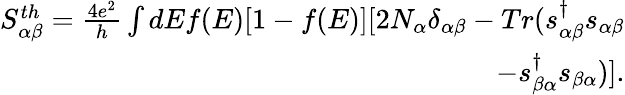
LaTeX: \begin{array}{r}{{S_{\alpha\beta}^{th}}=\frac{4e^{2}}{h}\int dEf(E)[1-f(E)][2N_{\alpha}\delta_{\alpha\beta}-Tr(s_{\alpha\beta}^{\dagger}s_{\alpha\beta}}\\ {-s_{\beta\alpha}^{\dagger}s_{\beta\alpha})].}\end{array}